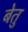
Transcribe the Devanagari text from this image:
बेतु